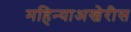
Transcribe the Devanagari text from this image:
महिन्याअखेरीस